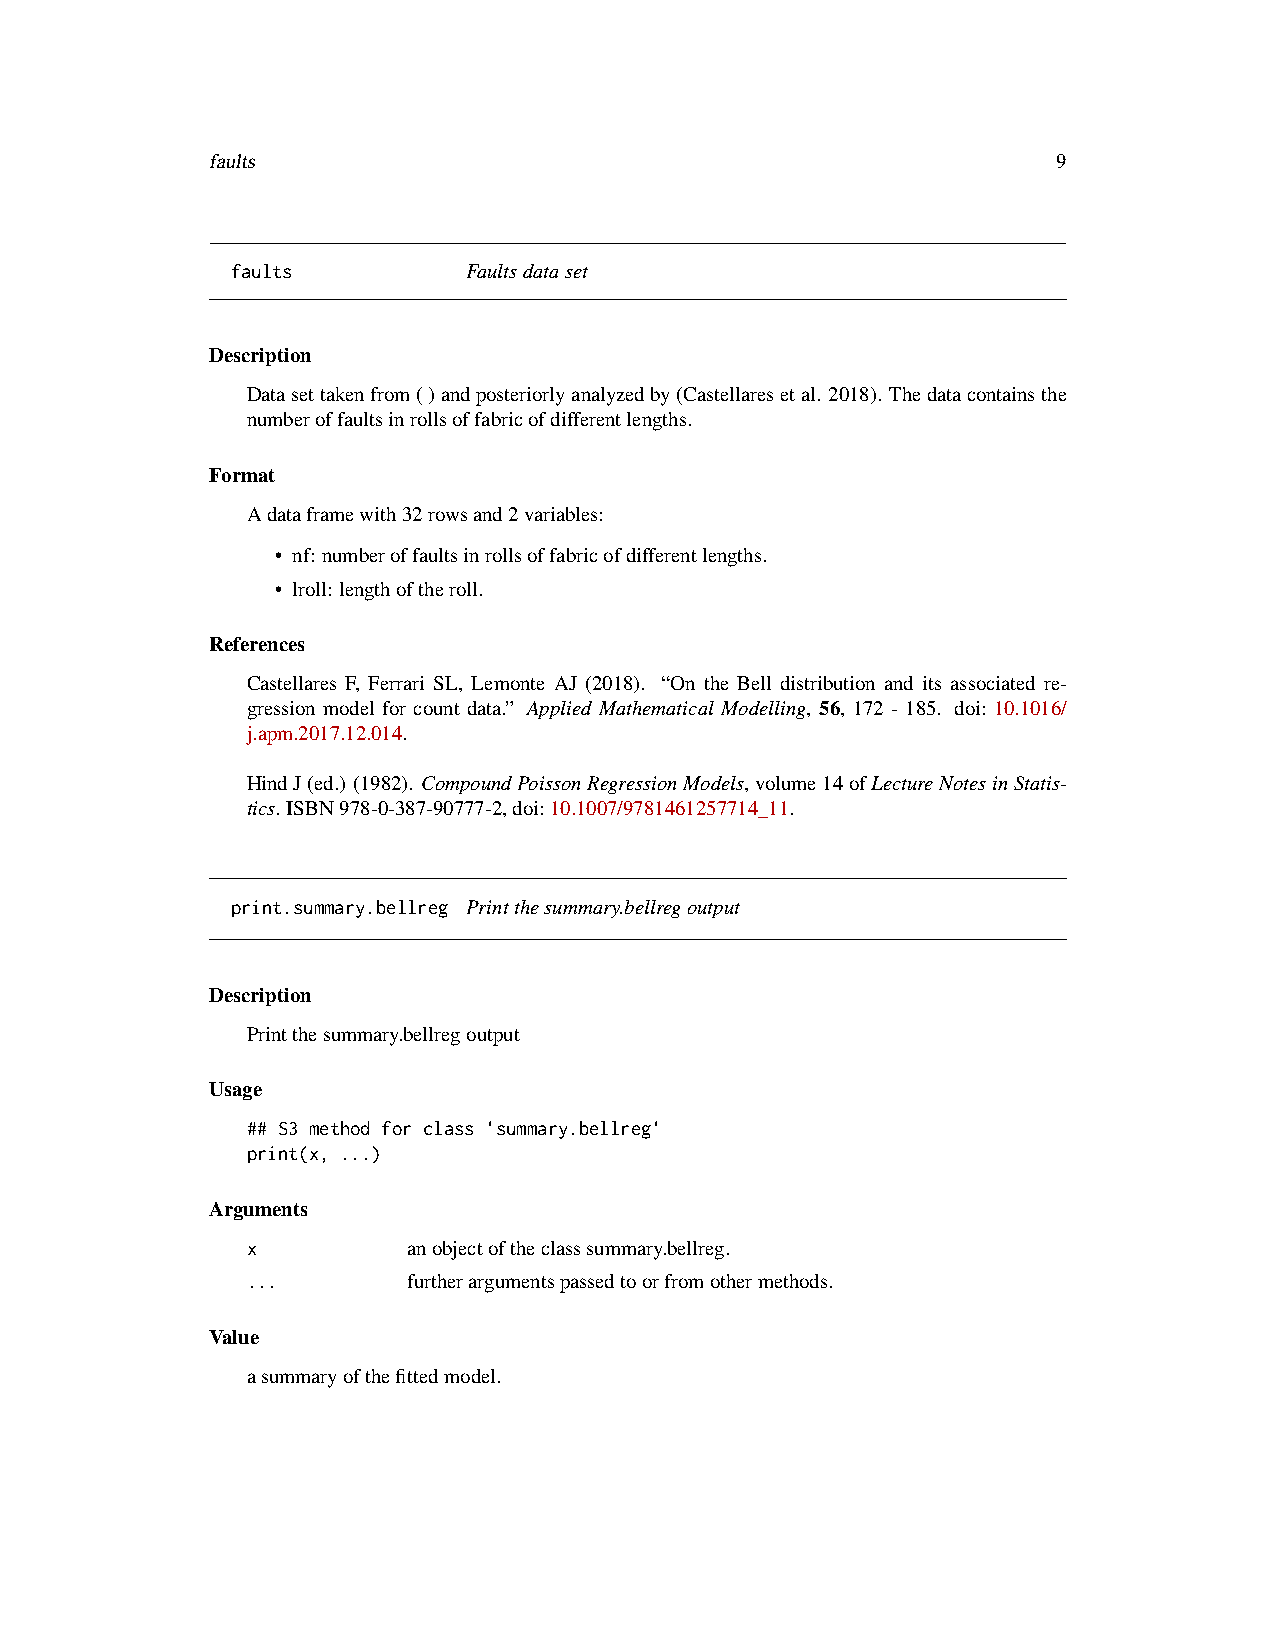
faults                                                  9
 faults          Faultsdataset
 Description
 Datasettakenfrom()andposteriorlyanalyzedby(Castellaresetal. 2018). Thedatacontainsthe
 numberoffaultsinrollsoffabricofdifferentlengths.
 Format
 Adataframewith32rowsand2variables:
 • nf: numberoffaultsinrollsoffabricofdifferentlengths.
 • lroll: lengthoftheroll.
 References
 Castellares F, Ferrari SL, Lemonte AJ (2018). “On the Bell distribution and its associated re-
 gression model for count data.” Applied Mathematical Modelling, 56, 172 - 185. doi: 10.1016/
 j.apm.2017.12.014.
 HindJ(ed.) (1982). CompoundPoissonRegressionModels,volume14ofLectureNotesinStatis-
 tics. ISBN978-0-387-90777-2,doi:10.1007/9781461257714_11.
 print.summary.bellreg Printthesummary.bellregoutput
 Description
 Printthesummary.bellregoutput
 Usage
 ## S3 method for class 'summary.bellreg'
 print(x, ...)
 Arguments
 x          anobjectoftheclasssummary.bellreg.
 ...        furtherargumentspassedtoorfromothermethods.
 Value
 asummaryofthefittedmodel.